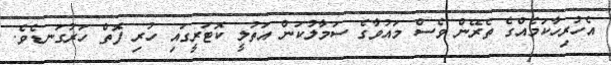
އެހުރިހާކަމެއްގެ ތެރޭން ވެސް މައުވާގެ ސަމާލުކަން އަތުލީ ކޮޓަރީގައި ހުރި ފޮތް ހަރުގަނޑެވެ.